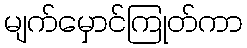
မျက်မှောင်ကြုတ်ကာ